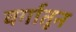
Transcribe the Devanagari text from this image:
वर्गातून